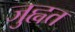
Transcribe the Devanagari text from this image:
जुह्वत